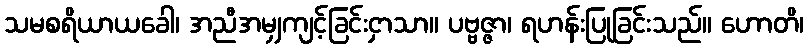
သမစရိယာယခေါ၊ အညီအမျှကျင့်ခြင်းငှာသာ။ ပဗ္ဗဇ္ဇာ၊ ရဟန်းပြုခြင်းသည်။ ဟောတိ၊